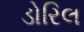
ડોરિલ